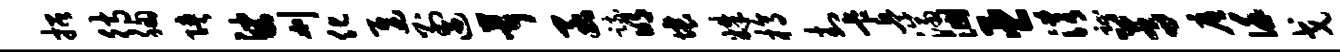
招待胸陕娑刈化迟别遇茸函疏明壤姝槁封卡兵济涸臣淆趾蒿底谨戈